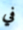
في